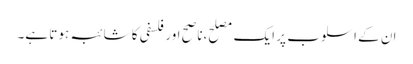
ان کے اسلوب پر ایک مصلح،ناصح اور فلسفی کا شائبہ ہوتا ہے۔